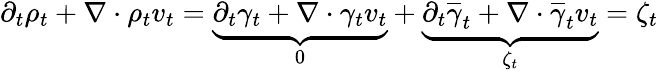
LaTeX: \begin{array}{r}{\partial_{t}\rho_{t}+\nabla\cdot\rho_{t}v_{t}=\underbrace{\partial_{t}\gamma_{t}+\nabla\cdot\gamma_{t}v_{t}}_{0}+\underbrace{\partial_{t}\overline{{\gamma}}_{t}+\nabla\cdot\overline{{\gamma}}_{t}v_{t}}_{\zeta_{t}}=\zeta_{t}}\end{array}